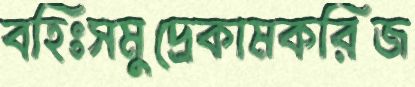
বহিঃসমুদ্রেকামকরিজ